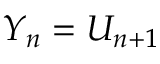
Y _ { n } = U _ { n + 1 }